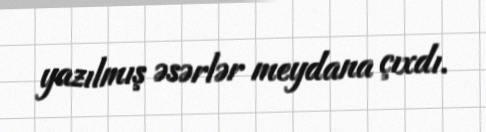
yazılmış əsərlər meydana çıxdı.